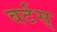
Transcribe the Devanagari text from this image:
वर्टस्